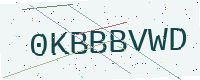
Text: 0KBBBVWD